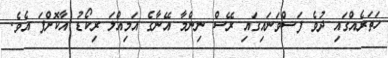
ހަތަރެއްގައި ދުވެ ފަސްވަނައިގައި ރޭސް ނިންމާ އޭނާގެ އަމިއްލަ ރިކޯޑު އާކޮށްފަ އެވެ.